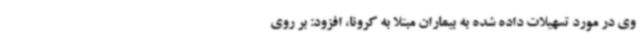
وی در مورد تسهیلات داده شده به بیماران مبتلا به کرونا، افزود: بر روی